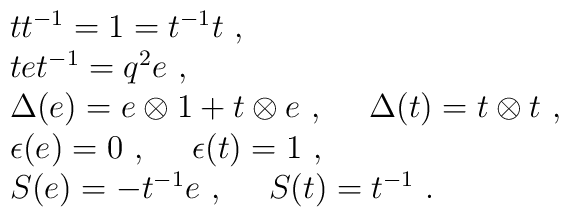
\begin{array}{rcl}& &tt^{-1}=1=t^{-1}t~,\\& &tet^{-1}=q^2e~,\\& &\Delta(e)=e\otimes 1+t\otimes e~,~~~~\Delta(t)=t\otimes t~,\\& &\epsilon(e)=0~,~~~~\epsilon(t)=1~,\\& &S(e)=-t^{-1}e~,~~~~S(t)=t^{-1}~.\end{array}